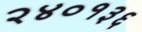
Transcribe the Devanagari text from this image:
२४०१३६